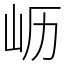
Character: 𫵷